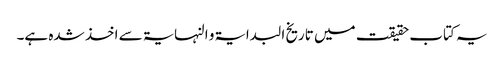
یہ کتاب حقیقت میں تاریخ البدایۃ و النہایۃ سے اخذ شدہ ہے۔